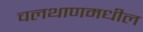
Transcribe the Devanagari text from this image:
चलथाणमधील